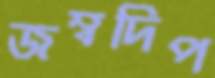
জম্বদিপ